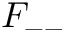
F _ { -- }